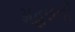
મહલની